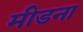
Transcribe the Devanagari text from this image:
मीडना